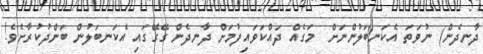
ދާނދެން) ނުވަތަ އެކަނބަލުންނަށް  މަގެއް ދައްކަވައިފުމަށް ދާނދެން ގޭގޭގައި އެކަނބަލުން ބަންދުކުރާށެވެ!